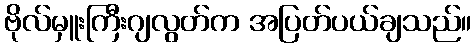
ဗိုလ်မှူးကြီးဂျလွတ်က အပြတ်ပယ်ချသည်။